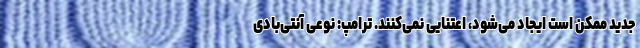
جدید ممکن است ایجاد می‌شود، اعتنایی نمی‌کنند. ترامپ: نوعی آنتی‌بادی